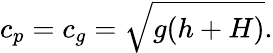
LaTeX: c_{p}=c_{g}={\sqrt{g(h+H)}}.